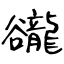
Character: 豅